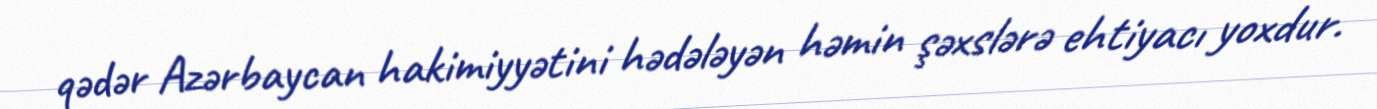
qədər Azərbaycan hakimiyyətini hədələyən həmin şəxslərə ehtiyacı yoxdur.